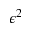
\epsilon ^ { 2 }